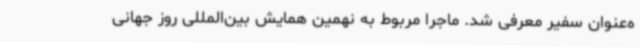
ه‌عنوان سفیر معرفی شد. ماجرا مربوط به نهمین همایش بین‌المللی روز جهانی